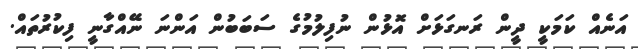
އަނެއް ކަމަކީ ދީން ރަނގަޅަށް އޮޅުން ނުފިލުމުގެ ސަބަބުން އަންނަ ނޭއްގާނީ ފިކުރުތައް.